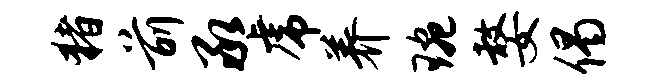
猪前承虎养琬嫠偈